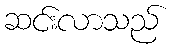
ဆင်းလာသည်